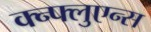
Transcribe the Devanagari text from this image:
क्न्फ्लुएन्स